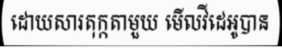
ដោយសារតុក្កតាមួយ មើលវីដេអូបាន